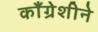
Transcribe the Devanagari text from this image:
काँग्रेशीने